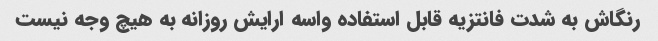
رنگاش به شدت فانتزیه قابل استفاده واسه ارایش روزانه به هیچ وجه نیست